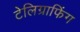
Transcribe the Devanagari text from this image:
टेलिग्राफिंग